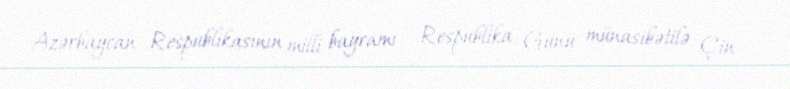
Azərbaycan Respublikasının milli bayramı – Respublika Günü münasibətilə Çin